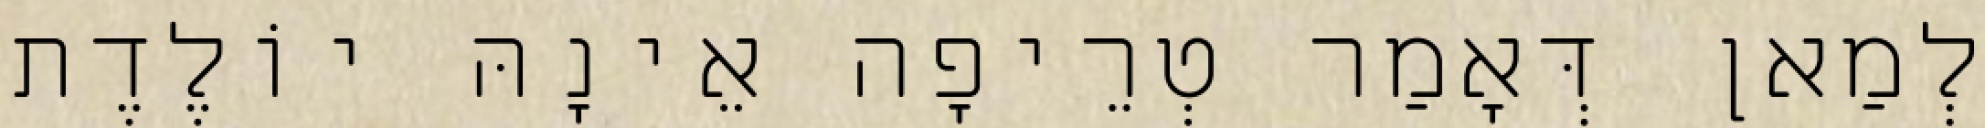
לְמַאן דְּאָמַר טְרֵיפָה אֵינָהּ יוֹלֶדֶת